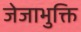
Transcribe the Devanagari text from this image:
जेजाभुक्ति